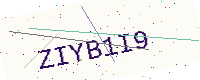
Text: ZIYB1I9